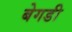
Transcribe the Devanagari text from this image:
बेगडी